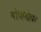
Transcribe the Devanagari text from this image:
बांधणीवर